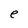
Character: e